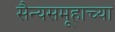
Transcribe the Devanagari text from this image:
सैन्यसमूहाच्या